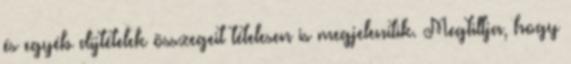
és egyéb díjtételek összegeit tételesen is megjelenítik. Megtiltja, hogy